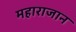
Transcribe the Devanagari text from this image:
महाराजान